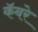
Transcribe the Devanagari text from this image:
कॅबरे